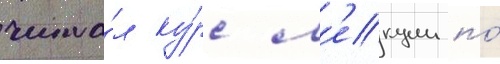
чита́л ку́рс л'екции по́